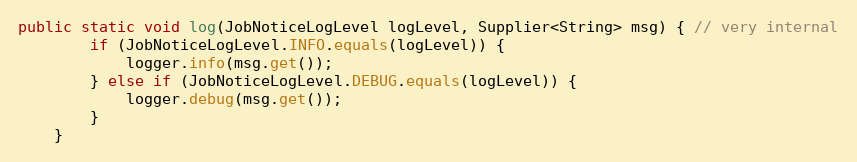
Language: Java
public static void log(JobNoticeLogLevel logLevel, Supplier<String> msg) { // very internal
        if (JobNoticeLogLevel.INFO.equals(logLevel)) {
            logger.info(msg.get());
        } else if (JobNoticeLogLevel.DEBUG.equals(logLevel)) {
            logger.debug(msg.get());
        }
    }